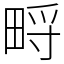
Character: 㽟